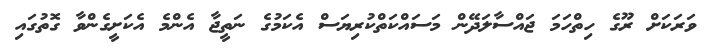
ވަރަކަށް ރޫގެ ހިތްހަމަ ޖައްސާލަދޭން މަސައްކަތްކުރިޔަސް އެކަމުގެ ނަތީޖާ އެންމެ އެކަށީގެންވާ ގޮތުގައި